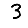
Digit: 3